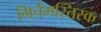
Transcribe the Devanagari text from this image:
मिर्चमस्तिस्क